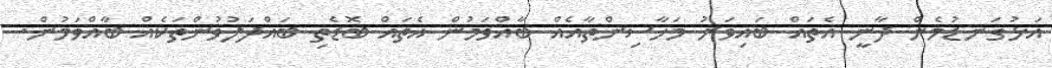
އަޅުގަނޑުމެން ދާނީ އެތައް ބައިވަރު މަހާސިންތާއެއް ބާއްވަމުން އެތައް ބޮޑެތި ބައްދަލުވުންތަކެއް ބާއްވަމުން.